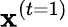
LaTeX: \mathbf{x}^{(t=1)}